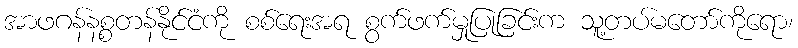
အာဖဂန်နစ္စတန်နိုင်ငံကို စစ်ရေးအရ စွက်ဖက်မှုပြုခြင်းက သူ့တပ်မတော်ကိုရော၊